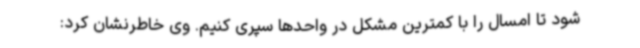
شود تا امسال را با کمترین مشکل در واحدها سپری کنیم. وی خاطرنشان کرد: